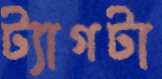
ট্যাগটা